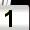
Digit: 1